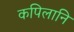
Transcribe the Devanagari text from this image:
कपिलानि